Annual report on the working of the lock hospitals in the Central Provinces
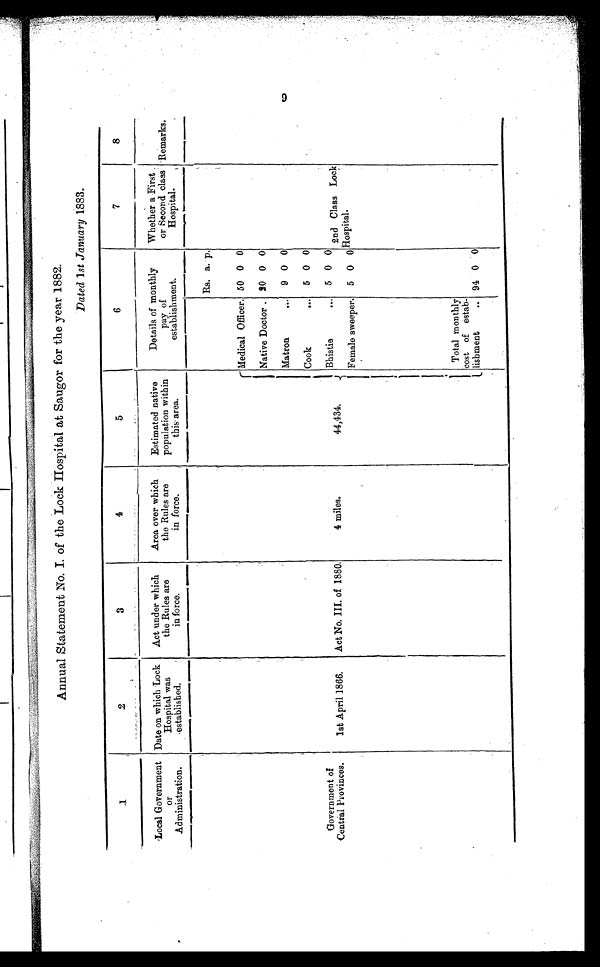
Annual Statement No. I. of the Lock Hospital at Saugor for the year 1882.
Dated 1st January 1 8 8 3 .
1
2
3
4
5
6
7
8
Local Government
or Administration.
Date on which Lock
Hospital was
established.
Act under which
the Rules are
in force.
Area over which
the Rules are
in force.
Estimated native
population within
this area.
Details of monthly
pay of
establishment.
Whether a First ,
or Second class
Hospital.
Remarks.
Rs. a. p.
Medical Officer. 50 0 0
Native Doctor . 20 0 0
Matron
...
9 0 0
Cook
...
5 0 0
Government of
Central Provinces.
1st April 1866.
Act No. III. of 1880.
4 miles.
44,434.
Bhistie
. . . 5 0 0
2nd Class Lock Hostipal.
Female sweeper.
5 0 0
Total monthly-
cost of estab
lishment
.. 94 0
0